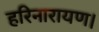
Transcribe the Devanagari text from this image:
हरिनारायण।